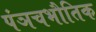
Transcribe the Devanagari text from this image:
पंञचभौतिक